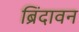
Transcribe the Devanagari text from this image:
ब्रिंदावन